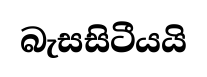
බැසසිටීයයි